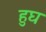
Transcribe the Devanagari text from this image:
हुघ